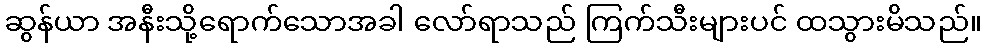
ဆွန်ယာ အနီးသို့ရောက်သောအခါ လော်ရာသည် ကြက်သီးများပင် ထသွားမိသည်။